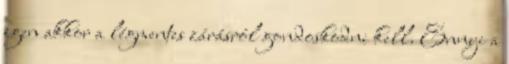
igen akkor a légmentes zárásról gondoskodni kell. Ennyi a